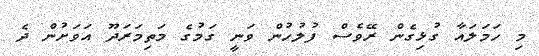
މި ހަމަލައާ ގުޅިގެން ރޭވެސް ފުލުހުން ވަނީ ގަމުގެ މަތިމަރަދޫ އަވަށުން ދެ